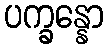
ပက္ခန္နော